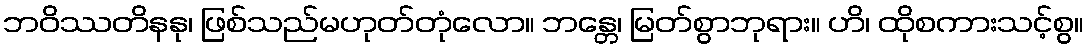
ဘဝိဿတိနနု၊ ဖြစ်သည်မဟုတ်တုံလော။ ဘန္တေ၊ မြတ်စွာဘုရား။ ဟိ၊ ထိုစကားသင့်စွ။